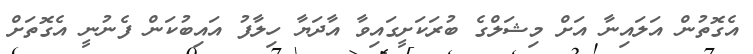
އެގޮތުން އަލައިނާ އަށް މިޝަލްގެ ބުރަކަށީގައިވާ އާދަޔާ ހިލާފު އައިބުކަން ފެނުނީ އެގޮތަށް